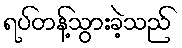
ရပ်တန့်သွားခဲ့သည်